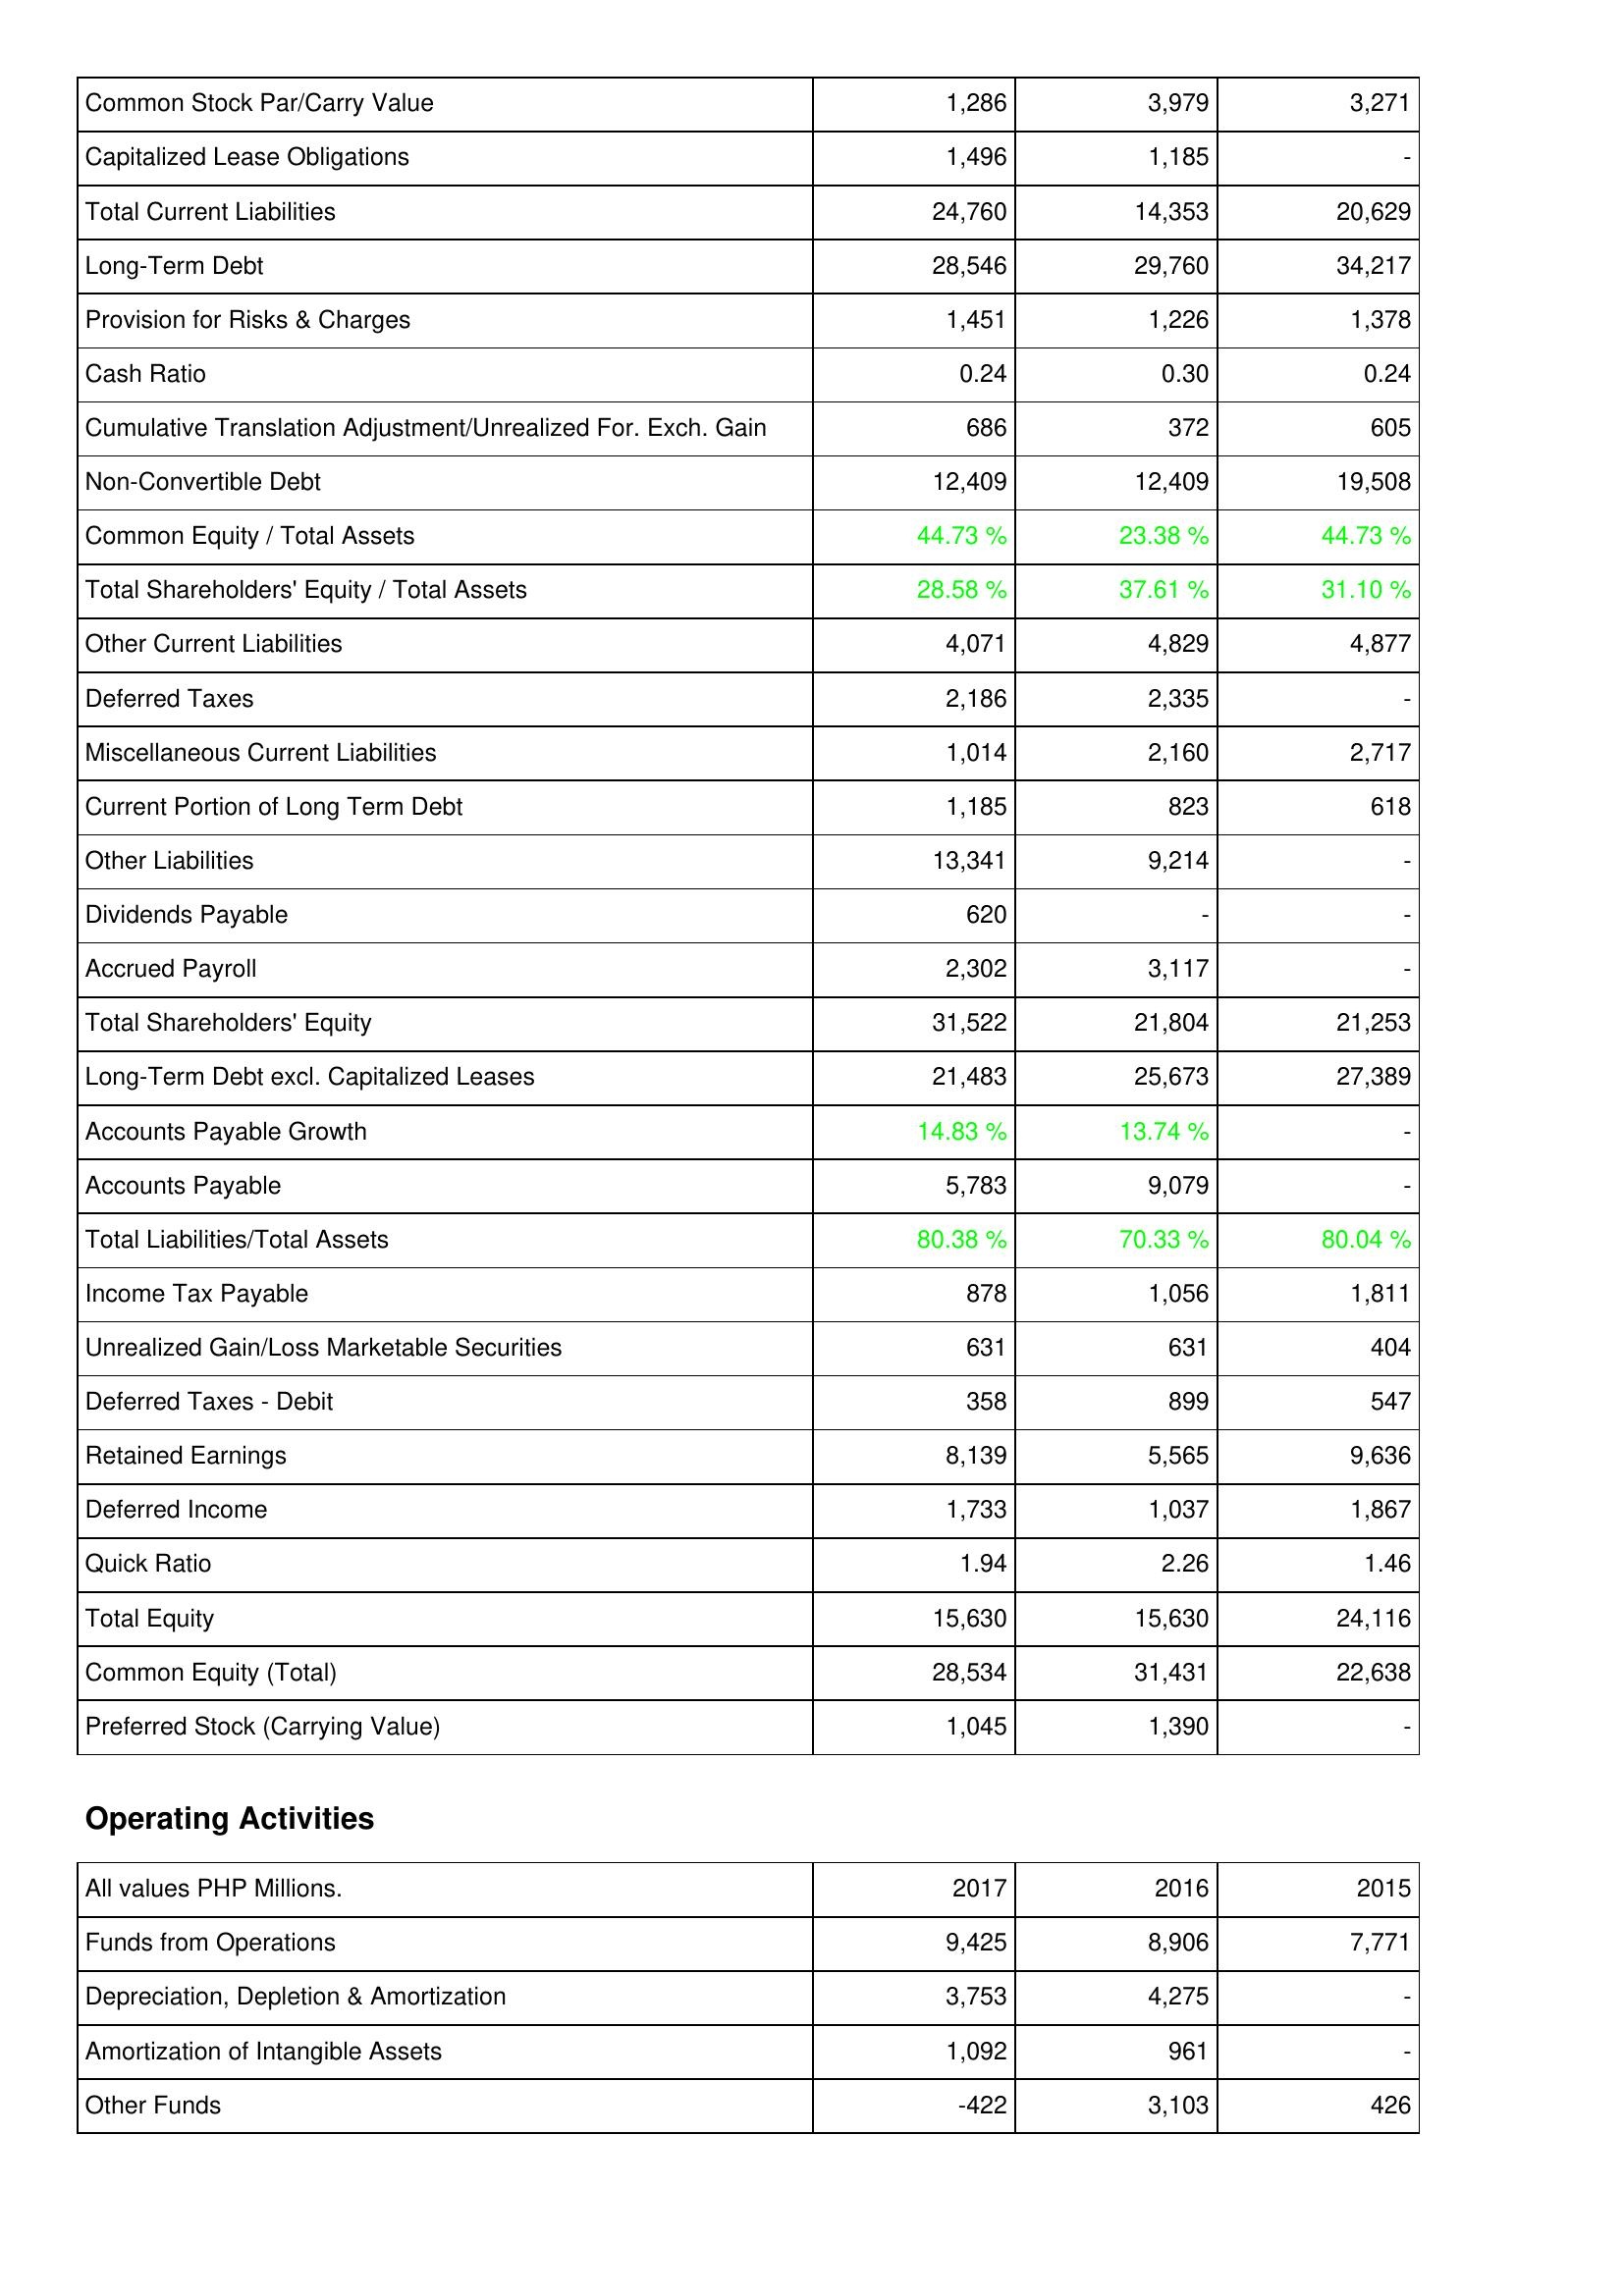
2017: Liabilities & Shareholders' Equity: Common Stock Par/Carry Value: 1,286
Capitalized Lease Obligations: 1,496
Total Current Liabilities: 24,760
Long-Term Debt: 28,546
Provision for Risks & Charges: 1,451
Cash Ratio: 0.24
Cumulative Translation Adjustment/Unrealized For. Exch. Gain: 686
Non-Convertible Debt: 12,409
Common Equity / Total Assets: 44.73 %
Total Shareholders' Equity / Total Assets: 28.58 %
Other Current Liabilities: 4,071
Deferred Taxes: 2,186
Miscellaneous Current Liabilities: 1,014
Current Portion of Long Term Debt: 1,185
Other Liabilities: 13,341
Dividends Payable: 620
Accrued Payroll: 2,302
Total Shareholders' Equity: 31,522
Long-Term Debt excl. Capitalized Leases: 21,483
Accounts Payable Growth: 14.83 %
Accounts Payable: 5,783
Total Liabilities/Total Assets: 80.38 %
Income Tax Payable: 878
Unrealized Gain/Loss Marketable Securities: 631
Deferred Taxes - Debit: 358
Retained Earnings: 8,139
Deferred Income: 1,733
Quick Ratio: 1.94
Total Equity: 15,630
Common Equity (Total): 28,534
Preferred Stock (Carrying Value): 1,045
Operating Activities: Funds from Operations: 9,425
Depreciation, Depletion & Amortization: 3,753
Amortization of Intangible Assets: 1,092
Other Funds: -422
2016: Liabilities & Shareholders' Equity: Common Stock Par/Carry Value: 3,979
Capitalized Lease Obligations: 1,185
Total Current Liabilities: 14,353
Long-Term Debt: 29,760
Provision for Risks & Charges: 1,226
Cash Ratio: 0.30
Cumulative Translation Adjustment/Unrealized For. Exch. Gain: 372
Non-Convertible Debt: 12,409
Common Equity / Total Assets: 23.38 %
Total Shareholders' Equity / Total Assets: 37.61 %
Other Current Liabilities: 4,829
Deferred Taxes: 2,335
Miscellaneous Current Liabilities: 2,160
Current Portion of Long Term Debt: 823
Other Liabilities: 9,214
Dividends Payable: -
Accrued Payroll: 3,117
Total Shareholders' Equity: 21,804
Long-Term Debt excl. Capitalized Leases: 25,673
Accounts Payable Growth: 13.74 %
Accounts Payable: 9,079
Total Liabilities/Total Assets: 70.33 %
Income Tax Payable: 1,056
Unrealized Gain/Loss Marketable Securities: 631
Deferred Taxes - Debit: 899
Retained Earnings: 5,565
Deferred Income: 1,037
Quick Ratio: 2.26
Total Equity: 15,630
Common Equity (Total): 31,431
Preferred Stock (Carrying Value): 1,390
Operating Activities: Funds from Operations: 8,906
Depreciation, Depletion & Amortization: 4,275
Amortization of Intangible Assets: 961
Other Funds: 3,103
2015: Liabilities & Shareholders' Equity: Common Stock Par/Carry Value: 3,271
Capitalized Lease Obligations: -
Total Current Liabilities: 20,629
Long-Term Debt: 34,217
Provision for Risks & Charges: 1,378
Cash Ratio: 0.24
Cumulative Translation Adjustment/Unrealized For. Exch. Gain: 605
Non-Convertible Debt: 19,508
Common Equity / Total Assets: 44.73 %
Total Shareholders' Equity / Total Assets: 31.10 %
Other Current Liabilities: 4,877
Deferred Taxes: -
Miscellaneous Current Liabilities: 2,717
Current Portion of Long Term Debt: 618
Other Liabilities: -
Dividends Payable: -
Accrued Payroll: -
Total Shareholders' Equity: 21,253
Long-Term Debt excl. Capitalized Leases: 27,389
Accounts Payable Growth: -
Accounts Payable: -
Total Liabilities/Total Assets: 80.04 %
Income Tax Payable: 1,811
Unrealized Gain/Loss Marketable Securities: 404
Deferred Taxes - Debit: 547
Retained Earnings: 9,636
Deferred Income: 1,867
Quick Ratio: 1.46
Total Equity: 24,116
Common Equity (Total): 22,638
Preferred Stock (Carrying Value): -
Operating Activities: Funds from Operations: 7,771
Depreciation, Depletion & Amortization: -
Amortization of Intangible Assets: -
Other Funds: 426